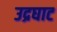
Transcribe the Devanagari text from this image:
उद्रघाट